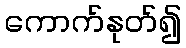
ကောက်နုတ်၍